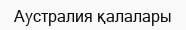
Аустралия қалалары